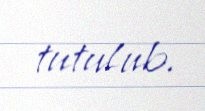
tutulub.